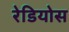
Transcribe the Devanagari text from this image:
रेडियोस